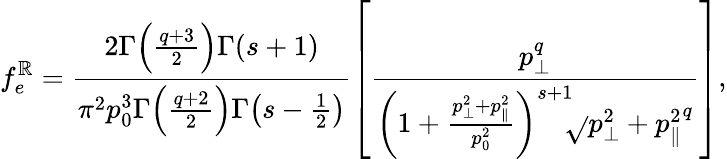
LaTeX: f_{e}^{\mathbb{R}}=\frac{{2\Gamma\! \left(\frac{{q+3}}{{2}}\right)\Gamma\! \left(s+1\right)}}{{\pi^{2}p_{0}^{3}\Gamma\! \left(\frac{{q+2}}{{2}}\right)\Gamma\! \left(s-\frac{{1}}{{2}}\right)}}\left[\frac{{p_{\perp}^{q}}}{{\left(1+\frac{{p_{\perp}^{2}+p_{\parallel}^{2}}}{{p_{0}^{2}}}\right)^{s+1}\! \! \sqrt{}{{p_{\perp}^{2}+p_{\parallel}^{2}}}^{q}}}\right],